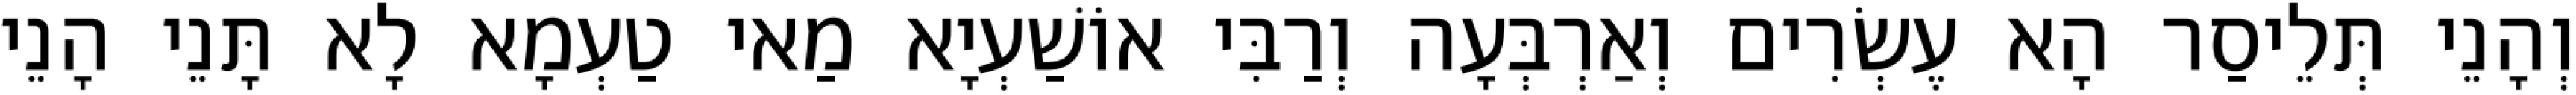
וְהָנֵי תְּלֵיסַר הָא עֶשְׂרִים וְאַרְבְּעָה וְרַבִּי אוֹשַׁעְיָא מַאי טַעְמָא לָא תָּנֵי הָנֵי